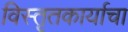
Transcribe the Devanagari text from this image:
विस्तृतकार्याचा